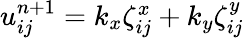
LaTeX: \begin{array}{r}{u_{ij}^{n+1}=k_{x}\zeta_{ij}^{x}+k_{y}\zeta_{ij}^{y}}\end{array}